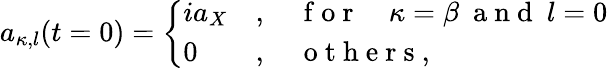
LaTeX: a_{\kappa,l}(t=0)=\left\{ {\begin{array}{ll}{ia_{X}}&{,\quad\mathrm{~f~o~r~}\quad\kappa=\beta\ \mathrm{~a~n~d~}\ l=0}\\ {0}&{,\quad\mathrm{~o~t~h~e~r~s~},}\end{array}}\right.